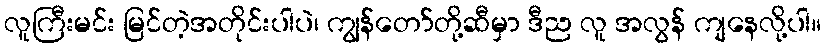
လူကြီးမင်း မြင်တဲ့အတိုင်းပါပဲ၊ ကျွန်တော်တို့ဆီမှာ ဒီည လူ အလွန် ကျနေလို့ပါ။